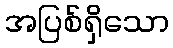
အပြစ်ရှိသော